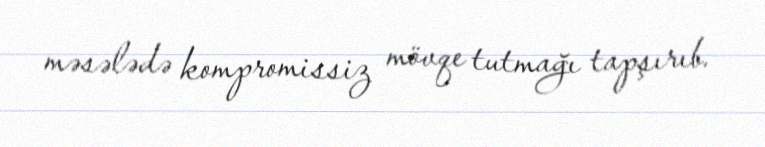
məsələdə kompromissiz mövqe tutmağı tapşırıb.